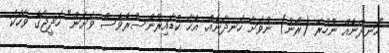
"ހަނދާނެއް ނުހުރޭ (ރޯނު) ނުވަށާ ހަނދާނެއް. އެހާ ކުޑައިރުންސުރެވެސް ވަށަން" ހަދީޖާގެ ވާހަކަ